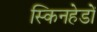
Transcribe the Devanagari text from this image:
स्किनहेडों